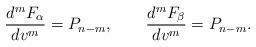
LaTeX: \begin{align*} \frac{d^mF_\alpha}{dv^m}=P_{n-m},\qquad\frac{d^mF_\beta}{dv^m}=P_{n-m}.\end{align*}